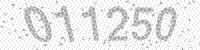
Solution: 011250